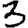
Digit: 3